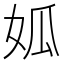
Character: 𡜁